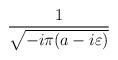
LaTeX: \begin{align*}\frac{1}{\sqrt{-i\pi (a-i\varepsilon )}}\end{align*}